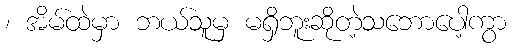
၊ အိမ်ထဲမှာ ဘယ်သူမှ မရှိဘူးဆိုတဲ့သဘောပေါ့ကွာ